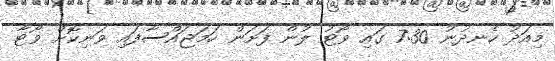
މިއަދު ހެނދުނު 7:30 ގައި ވޯޓު ލުން ފަށަން ހަމަޖައްސާފައި ވަނިކޮށް ވޯޓާ